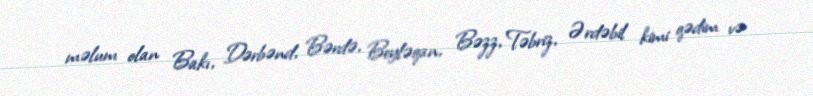
məlum olan Bakı, Dərbənd, Bərdə, Beyləqan, Bəzz, Təbriz, Ərdəbil kimi qədim və